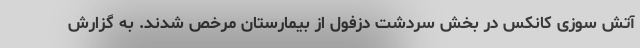
آتش سوزی کانکس در بخش سردشت دزفول از بیمارستان مرخص شدند. به گزارش